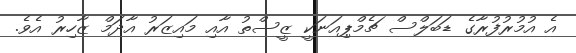
އެ އުމުރުފުރާގެ ޑަބަލްސް ޗެމްޕިއަނަކީ ޒީސްތު އާއި މައިޒަރު އާދަމް ޒާހިރު އެވެ.